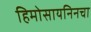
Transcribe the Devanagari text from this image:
हिमोसायनिनचा